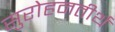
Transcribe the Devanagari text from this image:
सुरोहनतीर्थ